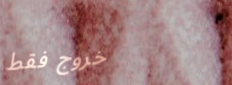
خروج فقط